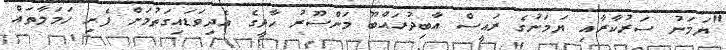
"ޔަމަނު ސަރުކާރާއި ޔަމަނުގެ ރައީސް އާބިދުރައްބޫ މަންސޫރު ހާދީގެ އެދިވަޑައިގަތުމަށް ފެށި ހަމަލާތައް